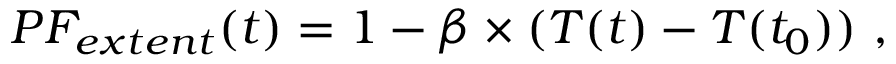
\begin{array} { r } { P F _ { e x t e n t } ( t ) = 1 - \beta \times ( T ( t ) - T ( t _ { 0 } ) ) \mathrm { ~ , ~ } } \end{array}